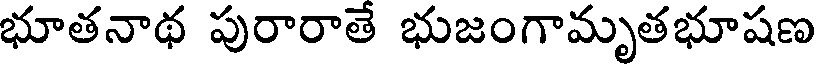
భూతనాథ పురారాతే భుజంగామృతభూషణ